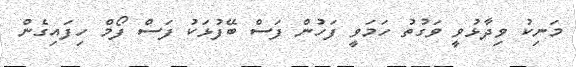
މަނިކު ވިދާޅުވީ ވަގުތު ހަމަވީ ފަހުން ފަސް ބޭފުޅަކު ފަސް ފޯމް ހިފައިގެން